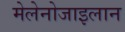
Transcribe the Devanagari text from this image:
मेलेनोजाइलान